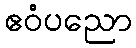
ဧဝံပညော